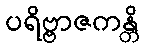
ပရိဗ္ဗာဇကန္တိ